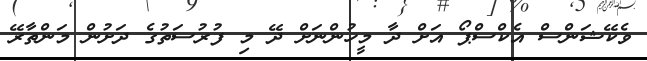
ވެކޭޝަންސް އެކްސްޕޯ އަށް ދާ މީހުންނަށް ދޭ މި ފުރުސަތުގެ ދަށުން މަންތާރޭ